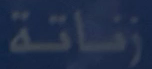
زفاتة